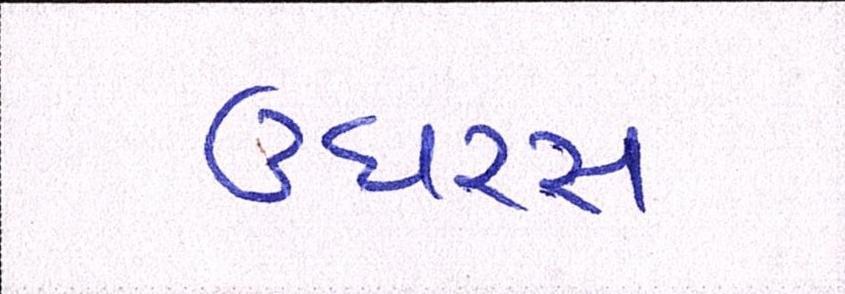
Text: ઉઘરસ